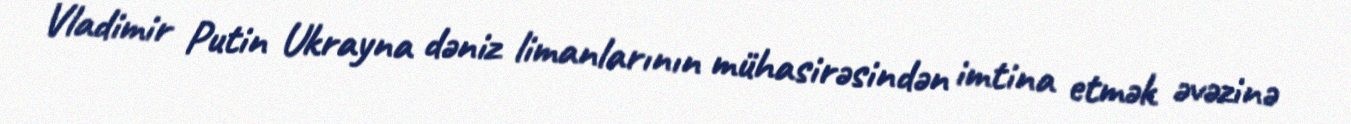
Vladimir Putin Ukrayna dəniz limanlarının mühasirəsindən imtina etmək əvəzinə